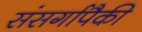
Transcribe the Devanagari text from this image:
संसर्गापैकी